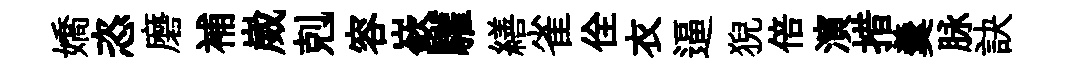
嬌恣磨補崴剋容嶔驩繕雀佺衣逼猊倍演措羹脉訣